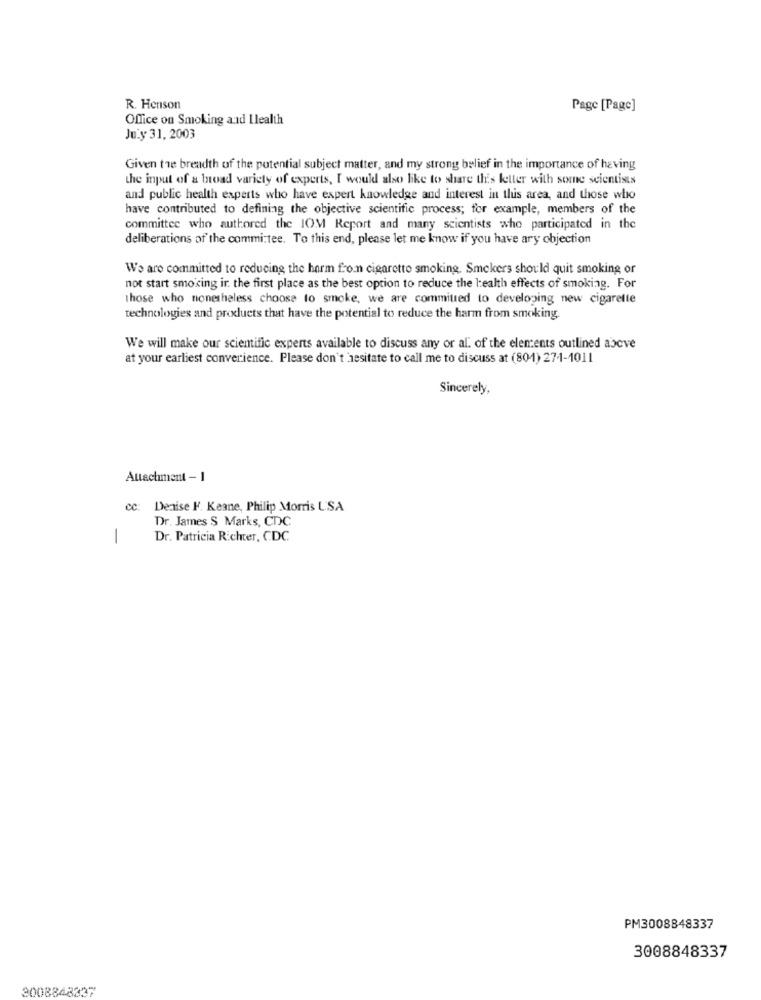
R. Henson
Page [Page]
Office on Smoking and Ilealth
July 31, 2003
Given the breadth of the potential subject matter, and my strong belief in the importance of having
the input of a broad variety of experts, I would also like to share this letter with some scientists
and public health experts who have expert knowledge and interest in this area, and those who
have contributed to defining the objective scientific process; for example, members of the
committee who authored the IOM Report and many scientists who participated in the
deliberations of the committee. To this end, please let me know if you have ary objection
We are committed to reducing the harm fron cigarette smoking. Smokers should quit smoking or
not start smoking ir the first place as the best option to reduce the health effects of smoking. For
those who nonetheless choose to smoke, we are committed to developing new cigarette
technologies and products that have the potential to reduce the harm from smoking.
We will make our scientific experts available to discuss any or al. of the elements outlined abcve
at your earliest converience. Please don't hesitate to call me to discuss at (801) 271-1011
Sincerely,
Attachment - 1
cc: Denise F. Keane, Philip Morris L.SA
Dr. James $ Marks, CDC
1
Dr. Patricia Richter, CDC
PM3008848337
3008848337
3008848337